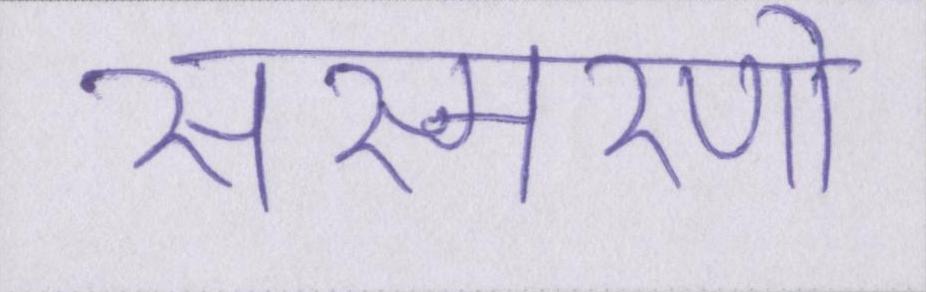
संस्मरणो